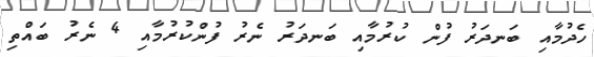
ހެދުމާއި ބަނދަރު ފުން ކުރުމާއި ބަނދަރު ނެރު ފުންކުރުމާއި 4 ނެރު ބައްތި